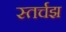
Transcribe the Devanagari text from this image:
स्तर्चझ